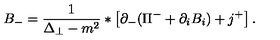
B _ { - } = \frac { 1 } { \Delta _ { \perp } - m ^ { 2 } } * \left[ \partial _ { - } ( \Pi ^ { - } + \partial _ { i } B _ { i } ) + j ^ { + } \right] .